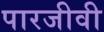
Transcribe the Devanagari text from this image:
पारजीवी